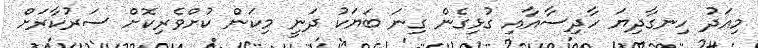
މިއަދު ހިނގާދިޔަ ހާދިސާއާއި ގުޅިގެން ގިނަ ބަޔަކު ދަނީ މިކަން ކުށްވެރިކޮށް ސަރުކާރަށް